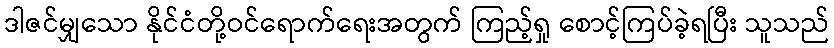
ဒါဇင်မျှသော နိုင်ငံတို့ဝင်ရောက်ရေးအတွက် ကြည့်ရှု စောင့်ကြပ်ခဲ့ရပြီး သူသည်